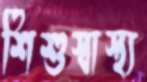
শিশুস্বাস্থ্য